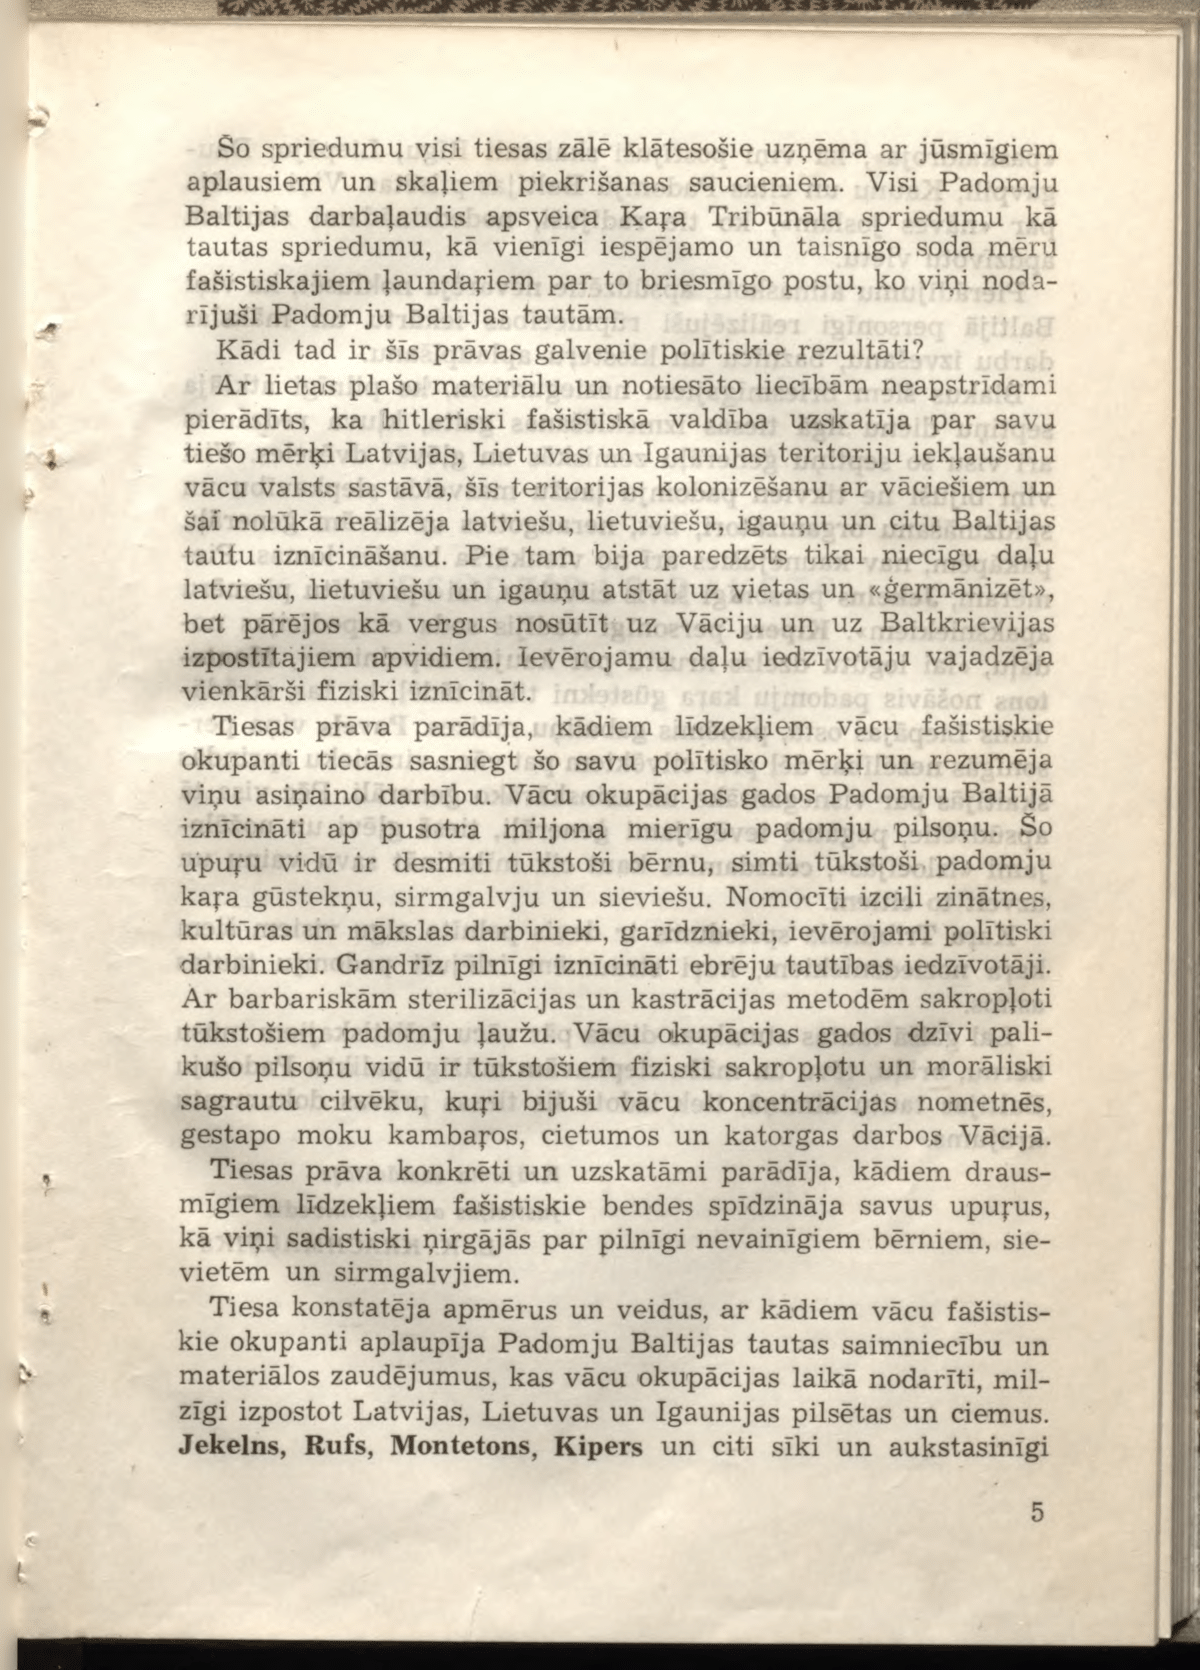
Language: lv